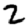
Digit: 2